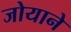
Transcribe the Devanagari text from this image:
जोयाने